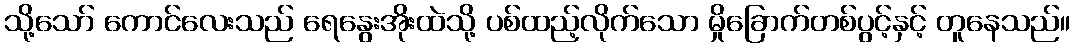
သို့သော် ကောင်လေးသည် ရေနွေးအိုးထဲသို့ ပစ်ထည့်လိုက်သော မှိုခြောက်တစ်ပွင့်နှင့် တူနေသည်။